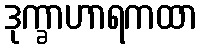
ဒုက္ခာဟာရကထာ